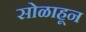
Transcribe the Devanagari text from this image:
सोळाहून